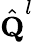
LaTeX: \hat{\textbf{Q}}^{l}